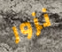
نزور